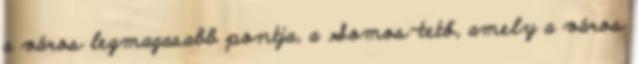
a város legmagasabb pontja, a Somos-tető, amely a város